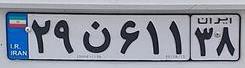
۲۹ن۶۱۱۳۸